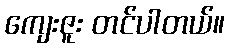
ကျေးဇူး တင်ပါတယ်။